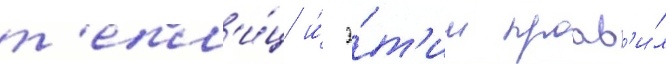
т'епл'и́ц и́ э́т'им проав'и́л